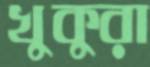
খুকুরা